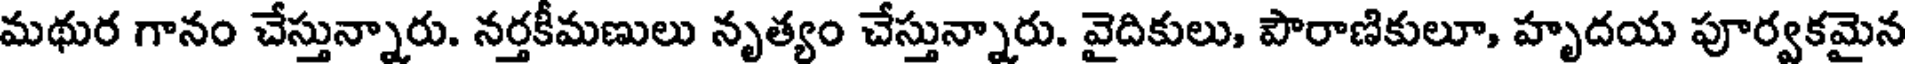
మథుర గానం చేస్తున్నారు. నర్తకీమణులు నృత్యం చేస్తున్నారు. వైదికులు, పౌరాణికులూ, హృదయ పూర్వకమైన